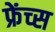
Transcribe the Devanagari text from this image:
फ्रेंच्स